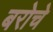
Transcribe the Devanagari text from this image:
बरोचे